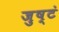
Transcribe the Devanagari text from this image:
जुष्टं